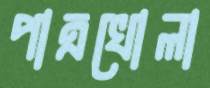
পাত্রখোলা